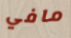
مافي